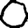
Digit: 0